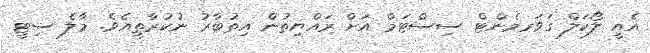
އެއީ ލޯކަލް ގަވަރމެންޓް ސިސްޓަމް އަށް ރައްޔިތުން އިތުބާރު ނުކުރާތީއެވެ. މާލެ ސިޓީ